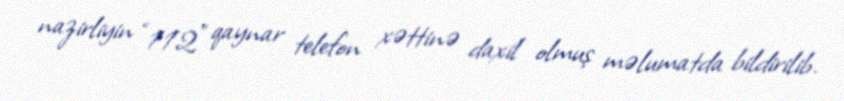
nazirliyin “112” qaynar telefon xəttinə daxil olmuş məlumatda bildirilib.